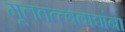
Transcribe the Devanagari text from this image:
मूलतत्त्ववाद्यांना